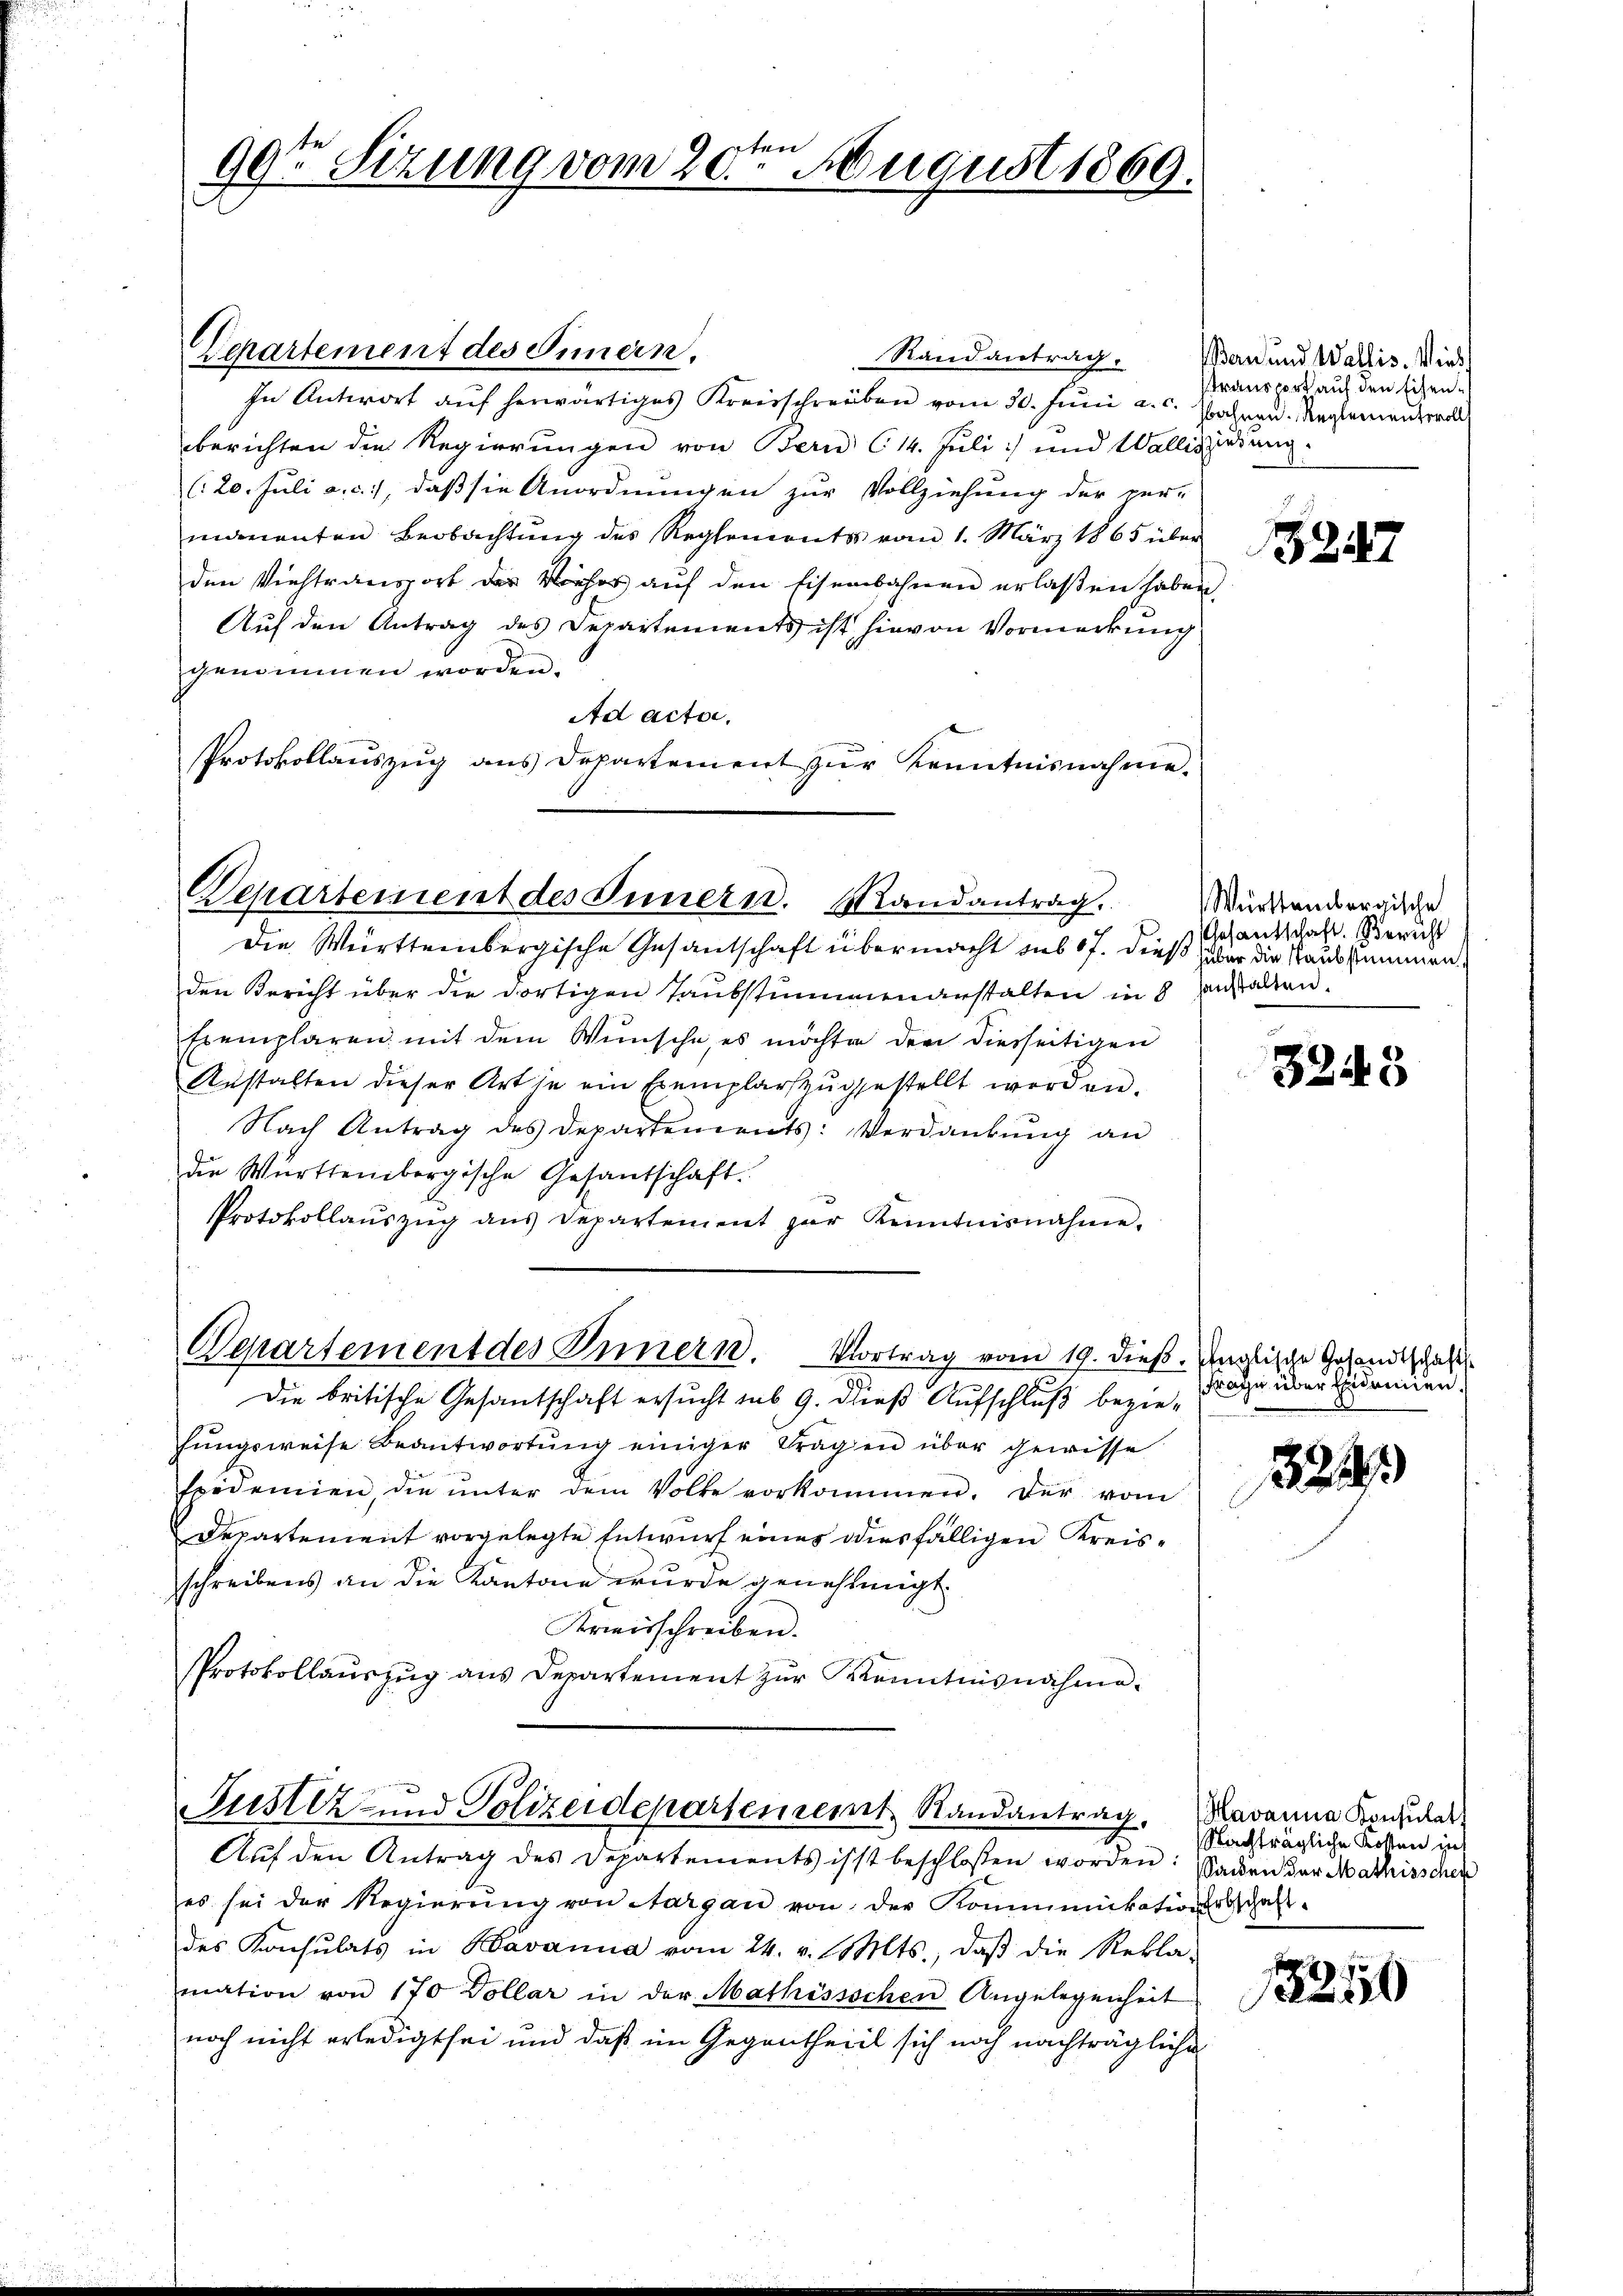
99te Sitzung vom 20ten August 1869.

Departement des Innern.
Randantrag.
In Antwort aŭf herwärtiges Kreisschreiben vom 30. Juni a. c. Jahren. Reglemen woll
berichten die Regierungen von Bern C14. Juli) und Wallisierung.
(20. Juli a. c., daß sie Anordnungen zur Vollziehung der ver-
manenten Beobachtung des Reglements vom 1. März 1865 über
den Viehtransport der Vieher auf den Eisenbahnen erlaßen haben,
Auf den Antrag des Departements ist hievon Vormerkung
genommen worden.
Ad acta.
Protokollauszug aus Departement zŭr Kenntnisnahme.

Departement des Innern. Mandantrag.

Die Württembergische Gesantschaft übermacht aus 17. dieß aber die Raubstimmen
den Bericht über die dortigen Taubstummenanstalten in 8 anstalten.
Exemplaren mit dem Wunsche, es möchten den diesseitigen
Anstalten dieser Art je ein Exemplarszugestellt werden.
Nach Antrag des Departements: Verdankŭng an
die Württembergische Gesandschaft.
Protokollaŭszŭg aŭs Departement par Kenntnisnahme.
Departement des Innern. Vortrag vom 19. dieß. Unglische Gesandtschaft
Die britische Gesandtschaft ersucht sub. 9. dieß Aufschluß beziefŭngsweise Beantwortŭng einiger Fragen über gewisse
Epidemien, die ŭnter dem Volke vorkommen. Der vom
Departement vorgelegte Entwurf eines diesfälligen Kreisschreibens an die Kantone wurde genehmigt
Kreisschreiben.
Protokollaŭszŭg ans Departement zŭr Kenntnisnahme-

Justiz- und Polizeidepartement Randantrag. Navanna Konsulat

Aŭf den Antrag des Departements isst beschloßen worden: Saden der Mathisschen
es sei der Regierŭng von Aargau von der Kommunikation obschaft.
des Konsulats in Bavanna vom 24. v. Mts., daβ die Rekla-
mation von 170 Dollar in der Mathissschen Angelegenheit
noch nicht erledigt sei und daß im Gegentheill sich noch nachträgliche

Ban und Wallis. Wied
transport auf den Eisen¬

15247

Württembergische
Anfantschaft. Bericht

3245

Frage über Eidemien.

324

Nachträgliche Kosten in

2
1